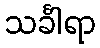
သင်္ခါရာ